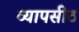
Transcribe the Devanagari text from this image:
व्यापसीठ